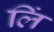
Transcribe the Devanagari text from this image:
लिं